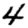
Digit: 4